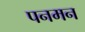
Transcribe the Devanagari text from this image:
पनमन